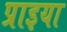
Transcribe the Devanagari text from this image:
प्राइया